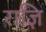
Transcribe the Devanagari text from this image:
राज्ञि